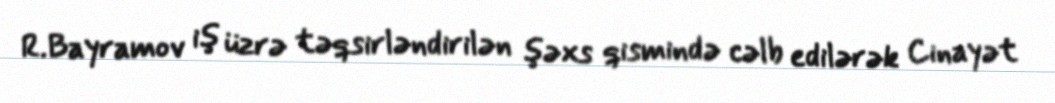
R.Bayramov iş üzrə təqsirləndirilən şəxs qismində cəlb edilərək Cinayət